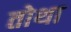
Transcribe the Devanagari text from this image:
तोथा